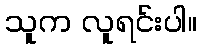
သူက လူရင်းပါ။